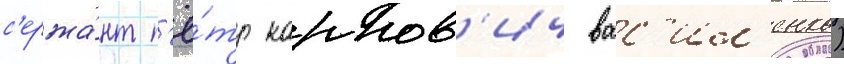
с'ержа́нт п'ё́тр карпов'ич вас'ил'енко)